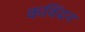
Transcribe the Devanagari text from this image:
कविंदन